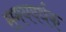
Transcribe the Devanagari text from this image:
समयवर्धक